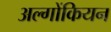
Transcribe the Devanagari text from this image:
अल्गोंकियन